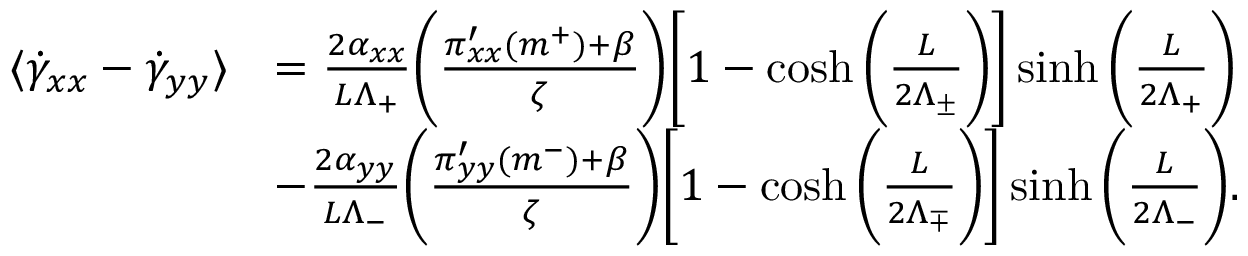
\begin{array} { r l } { \langle \dot { \gamma } _ { x x } - \dot { \gamma } _ { y y } \rangle } & { = \frac { 2 \alpha _ { x x } } { L \Lambda _ { + } } \bigg ( \frac { \pi _ { x x } ^ { \prime } ( m ^ { + } ) + \beta } { \zeta } \bigg ) \bigg [ 1 - \cosh \bigg ( \frac { L } { 2 \Lambda _ { \pm } } \bigg ) \bigg ] \sinh \bigg ( \frac { L } { 2 \Lambda _ { + } } \bigg ) } \\ & { - \frac { 2 \alpha _ { y y } } { L \Lambda _ { - } } \bigg ( \frac { \pi _ { y y } ^ { \prime } ( m ^ { - } ) + \beta } { \zeta } \bigg ) \bigg [ 1 - \cosh \bigg ( \frac { L } { 2 \Lambda _ { \mp } } \bigg ) \bigg ] \sinh \bigg ( \frac { L } { 2 \Lambda _ { - } } \bigg ) . } \end{array}